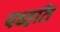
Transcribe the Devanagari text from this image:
पध्हति